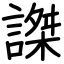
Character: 謋